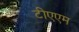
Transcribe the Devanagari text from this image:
टीएएम